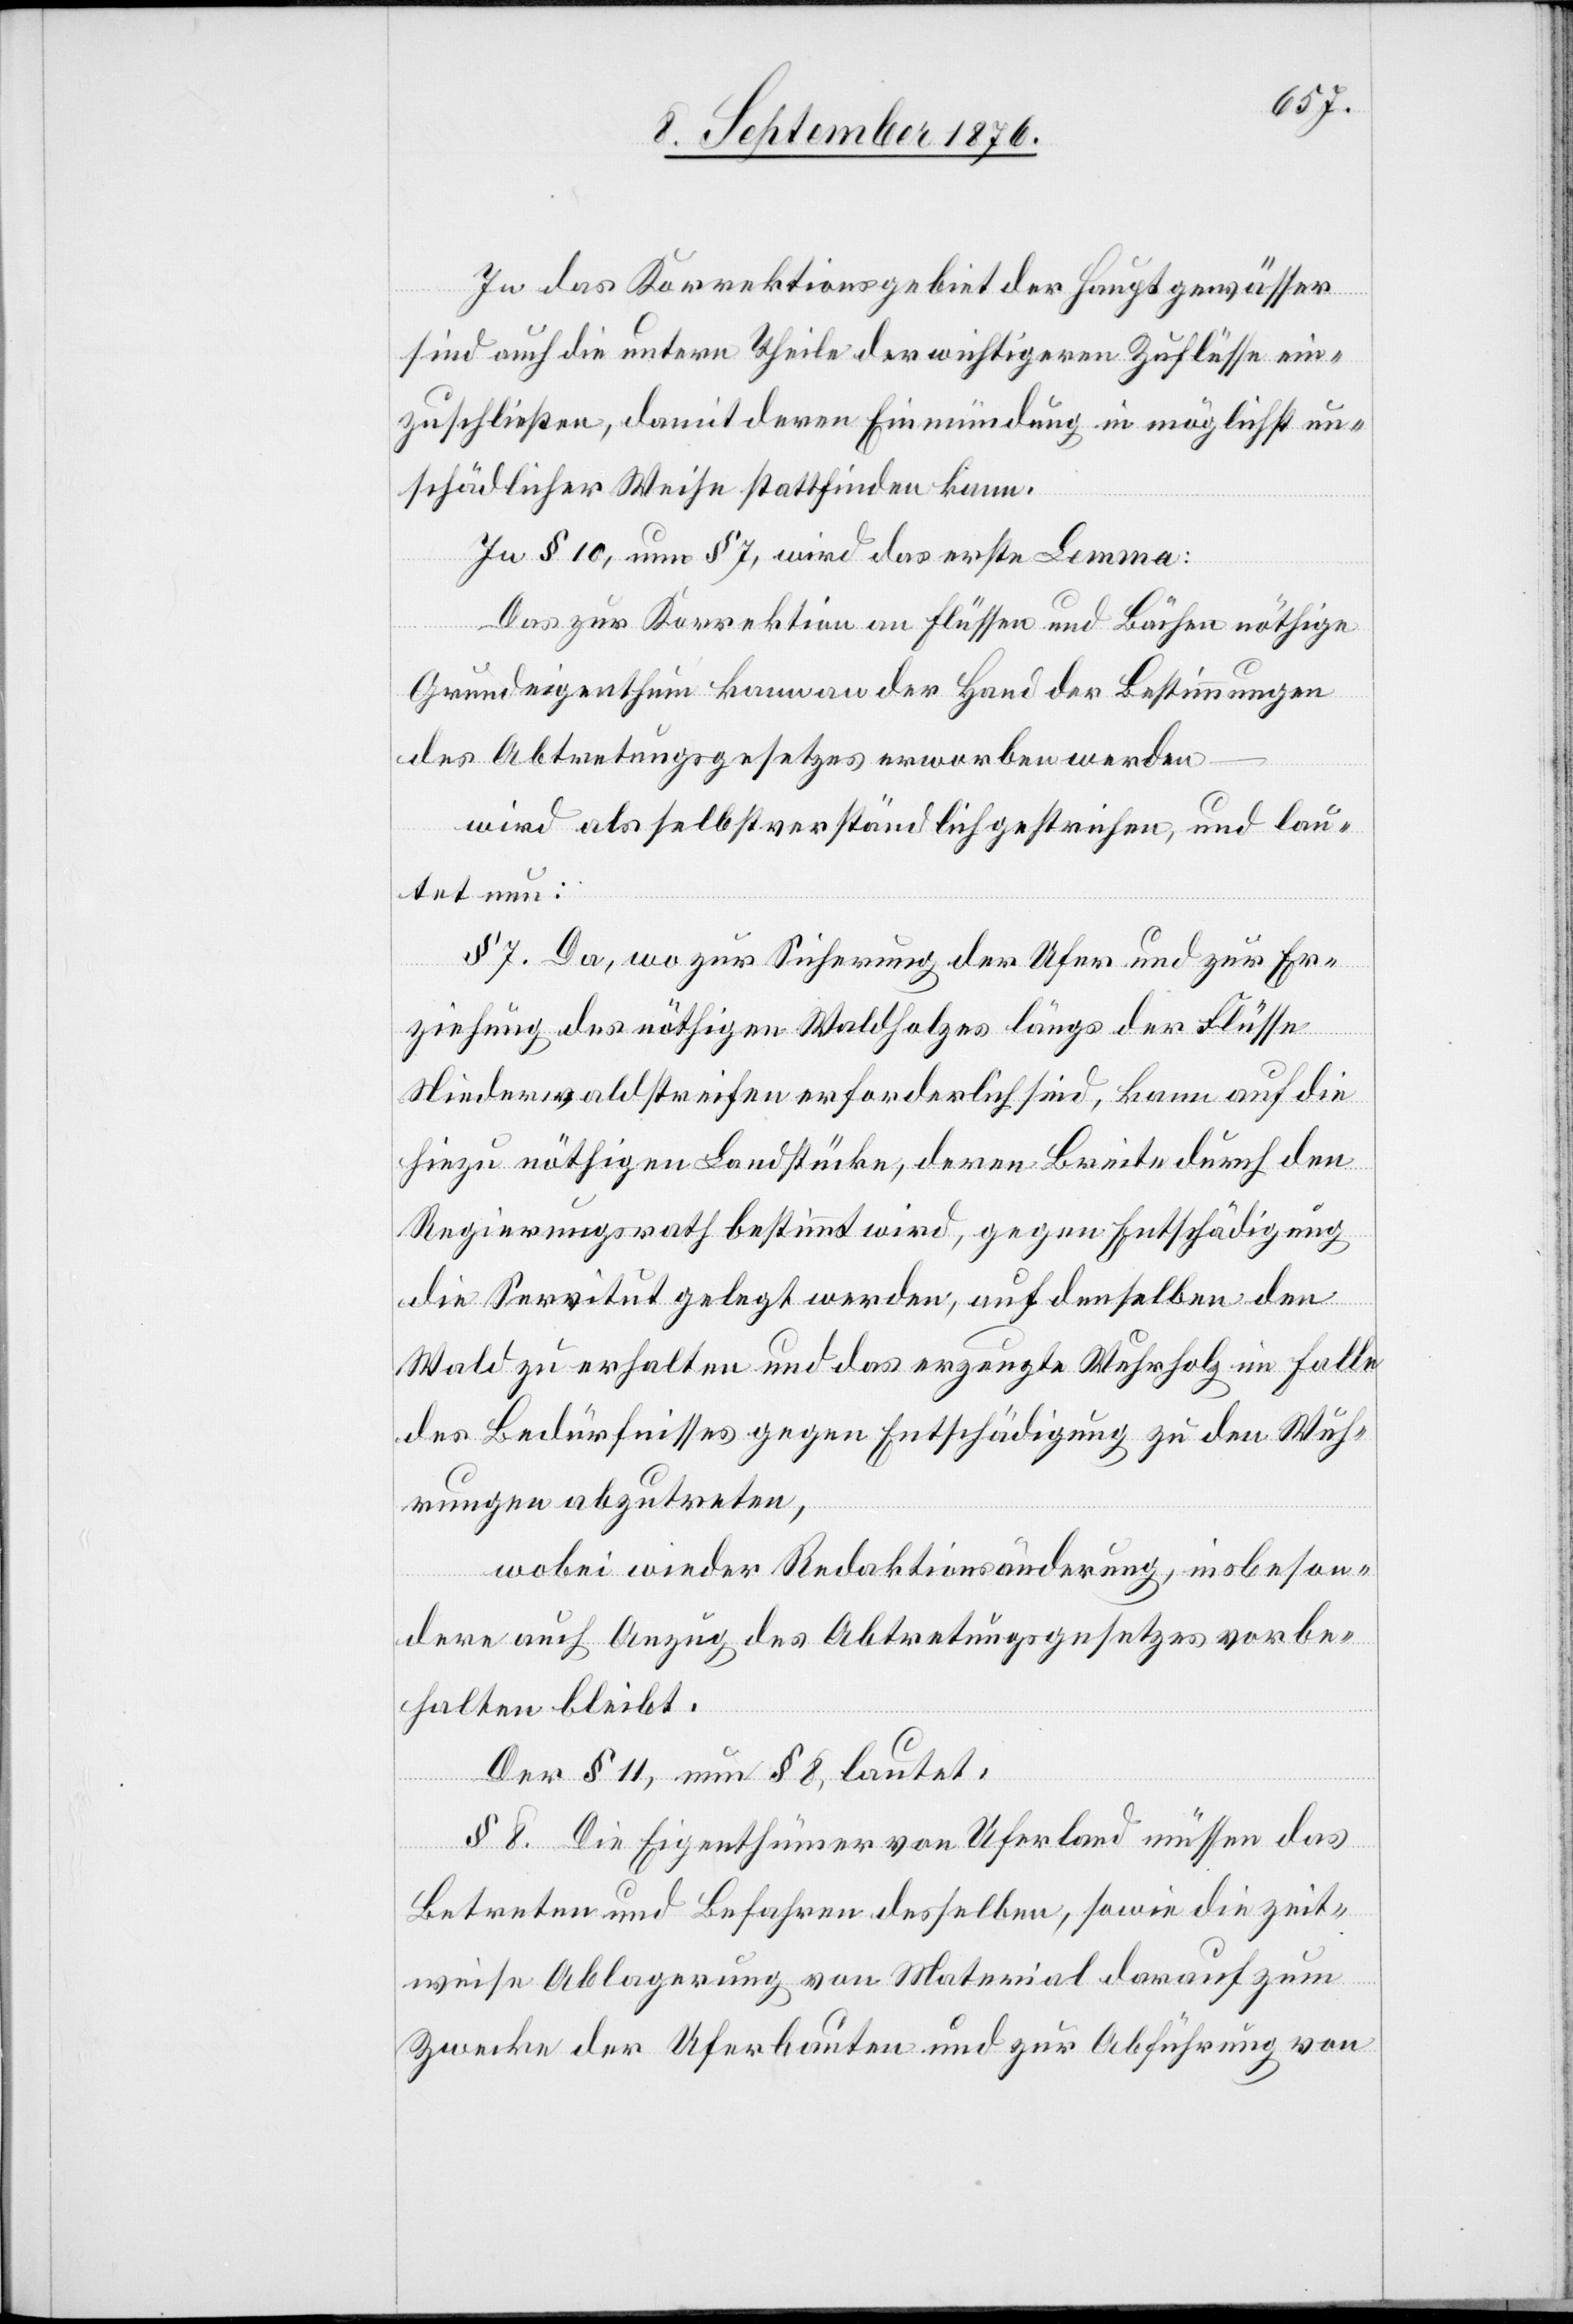
In das Korrektionsgebiet der Hauptgewässer
sind auch die untern Theile der wichtigeren Zuflüsse ein¬
zuschließen, damit deren Einmündung in möglichst un¬
schädlicher Weise stattfinden kann.
In § 10, neu § 7, wird das erste Lemma:
Das zur Korrektion an Flüssen und Bächen nöthige
Grundeigenthum kann an der Hand der Bestimmungen
des Abtretungsgesetzes erworben werden
[sic!] als selbstverständlich gestrichen, und lau¬
tet neu:
§ 7. da, wo zur Sicherung der Ufer und zur Er¬
ziehung des nöthigen Waldholzes längs der Flüsse
Niederwaldstreifen erforderlich sind, kann auf die
hiezu nöthigen Landstücke, deren Breite durch den
Regierungsrath bestimmt wird, gegen Entschädigung
die Servitut gelegt werden auf denselben der
Wald zu erhalten und das erzeugte Wuhrholz im Falle
des Bedürfnisses gegen Entschädigung zu den Wuh¬
rungen abzutreten,
wobei wieder Redaktionsänderung, insbeson¬
dere auch Anzug des Abtretungsgesetzes vorbe¬
halten bleibt.
Der § 11, neu § 8, lautet:
§ 8. Die Eigenthümer von Uferland müssen das
Betreten und Befahren desselben, sowie die zeit¬
weise Ablagerung von Material darauf zum
Zwecke der Uferbauten und zur Abführung von